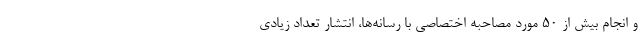
و انجام بيش از ۵۰ مورد مصاحبه اختصاصي با رسانه‌ها، انتشار تعداد زيادي